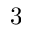
3